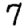
Digit: 7